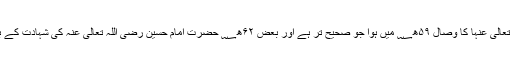
آپ رضی اللہ تعالیٰ عنہا کا وصال ۵۹ھ؁ میں ہوا جو صحیح تر ہے اور بعض ۶۲ھ؁ حضرت امام حسین رضی اللہ تعالیٰ عنہ کی شہادت کے بعد بتاتے ہیں۔